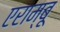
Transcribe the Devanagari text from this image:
एराम्बू